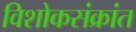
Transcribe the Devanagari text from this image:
विशोकसंक्रांत